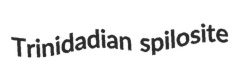
Trinidadian spilosite